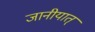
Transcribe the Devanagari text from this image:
जानीयात्